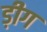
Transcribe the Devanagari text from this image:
ड़ीग